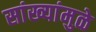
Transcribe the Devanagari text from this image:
सांख्यांमुळे